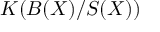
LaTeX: K ( B ( X ) / S ( X ) )